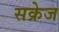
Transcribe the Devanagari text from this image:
सक्रेज